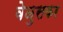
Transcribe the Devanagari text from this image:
वेळुसकर